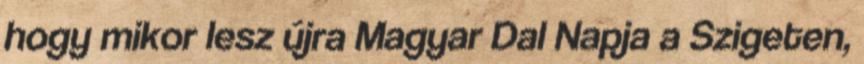
hogy mikor lesz újra Magyar Dal Napja a Szigeten,